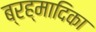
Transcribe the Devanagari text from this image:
ब्रह्मादिका